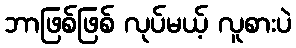
ဘာဖြစ်ဖြစ် လုပ်မယ့် လူစားပဲ